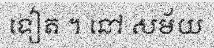
ទៀត ។ នៅ សម័យ